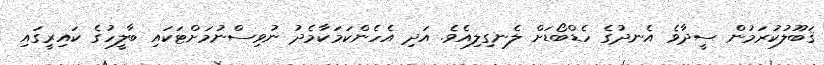
ޤަބޫލުކުރަމުން ސީދާވެ އެނދުގެ ހެޑްބޯޑަށް ލެނގިލިއެވެ. އަދި އެހެންކަމަކާމެދު ނުވިސްނުމަށްޓަކައި ބާލީހުގެ ކައިރީގައި